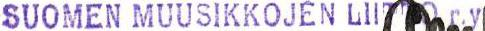
SUOMEN MUUSIKKOJEN LII  r.y